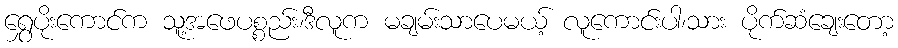
ရွှေပိုးကောင်က သူ့အဖေပစ္စည်း၊ဒီလူက မချမ်းသာပေမယ့် လူကောင်းပါ၊သား ပိုက်ဆံချေးတော့